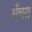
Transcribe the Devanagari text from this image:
अँचरा